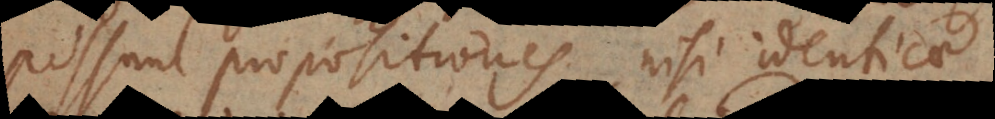
possunt propositiones, nisi identica